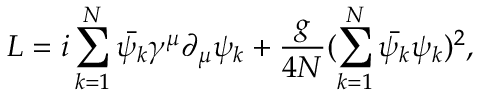
L = i \sum _ { k = 1 } ^ { N } \bar { \psi _ { k } } \gamma ^ { \mu } \partial _ { \mu } \psi _ { k } + \frac { g } { 4 N } ( \sum _ { k = 1 } ^ { N } \bar { \psi _ { k } } \psi _ { k } ) ^ { 2 } ,